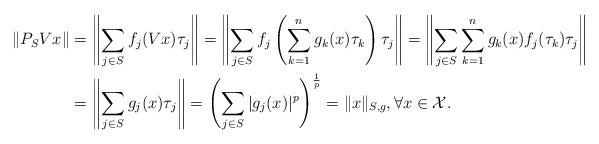
LaTeX: \begin{align*}\|P_SVx\|&=\left\|\sum_{j\in S}f_j(Vx)\tau_j\right\|=\left\|\sum_{j\in S}f_j\left(\sum_{k=1}^{n}g_k(x)\tau_k\right)\tau_j\right\|=\left\|\sum_{j\in S}\sum_{k=1}^{n}g_k(x)f_j(\tau_k)\tau_j\right\|\\&=\left\|\sum_{j\in S}g_j(x)\tau_j\right\|=\left(\sum_{j \in S}|g_j(x)|^p\right)^\frac{1}{p}=\|x\|_{S, g}, \forall x \in \mathcal{X}.\end{align*}